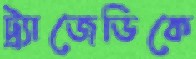
ট্র্যাজেডিকে